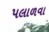
પલાળવા